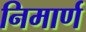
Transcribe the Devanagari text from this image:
निमार्ण